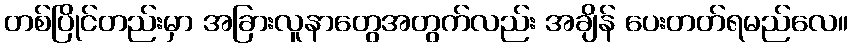
တစ်ပြိုင်တည်းမှာ အခြားလူနာတွေအတွက်လည်း အချိန် ပေးတတ်ရမည်လေ။